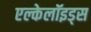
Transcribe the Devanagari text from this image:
एल्केलॉइड्स